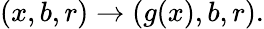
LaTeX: (x,b,r)\rightarrow(g(x),b,r).